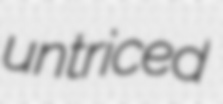
untriced